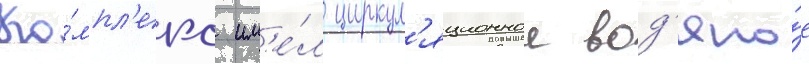
Ко́мпл'екс им'е́л циркул'яционное вод'яно́е